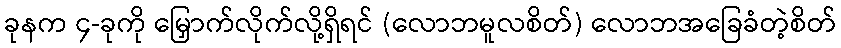
ခုနက ၄-ခုကို မြှောက်လိုက်လို့ရှိရင် (လောဘမူလစိတ်) လောဘအခြေခံတဲ့စိတ်